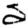
Digit: 2